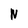
Character: N